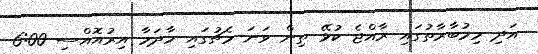
އަދި މިމުބާރާތުގައި ރާއްޖެ ކުޅޭ ތިން ވަނަ މެޗުގައި މާދަމާ އިރުއޮއްސި 6:00